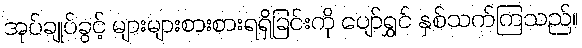
အုပ်ချုပ်ခွင့် များများစားစားရရှိခြင်းကို ပျော်ရွှင် နှစ်သက်ကြသည်။